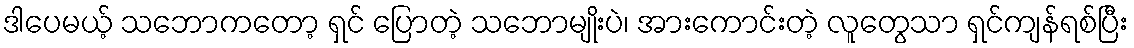
ဒါပေမယ့် သဘောကတော့ ရှင် ပြောတဲ့ သဘောမျိုးပဲ၊ အားကောင်းတဲ့ လူတွေသာ ရှင်ကျန်ရစ်ပြီး